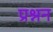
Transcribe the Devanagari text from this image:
प्रश्नन